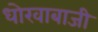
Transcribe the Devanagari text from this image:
धोखाबाजी